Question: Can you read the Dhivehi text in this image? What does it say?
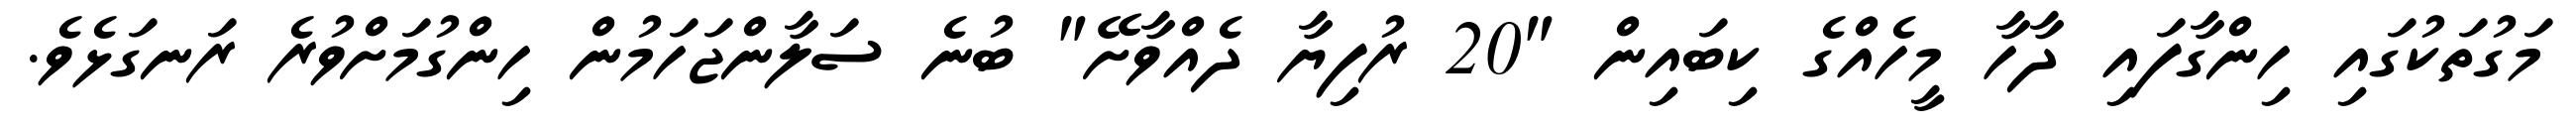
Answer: މަގުތަކުގައި ހިންގާފައި ދާހާ މީހެއްގެ ކިބައިން "20 ރުފިޔާ ދެއްވާށޭ" ބުނެ ސަލާންޖަހަމުން ހިންގުމަށްވުރެ ރަނގަޅެވެ.